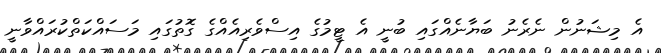
އެ މިޝަނުން ނެރެނު ބަޔާނެއްގައި ބުނީ އެ ޓީމުގެ އިސްވެރިއެއްގެ ގޮތުގައި މަސައްކަތްކުރައްވާނީ